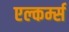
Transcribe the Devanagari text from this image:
एल्कर्म्स